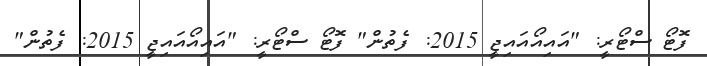
ފޮޓޯ ސްޓޯރީ: "އައިއޯއައިޖީ 2015: ފެތުން" ފޮޓޯ ސްޓޯރީ: "އައިއޯއައިޖީ 2015: ފެތުން"